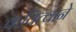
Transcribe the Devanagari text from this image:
कवित्वाने